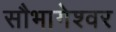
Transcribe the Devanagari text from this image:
सौभागेश्वर